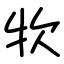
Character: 𤘯